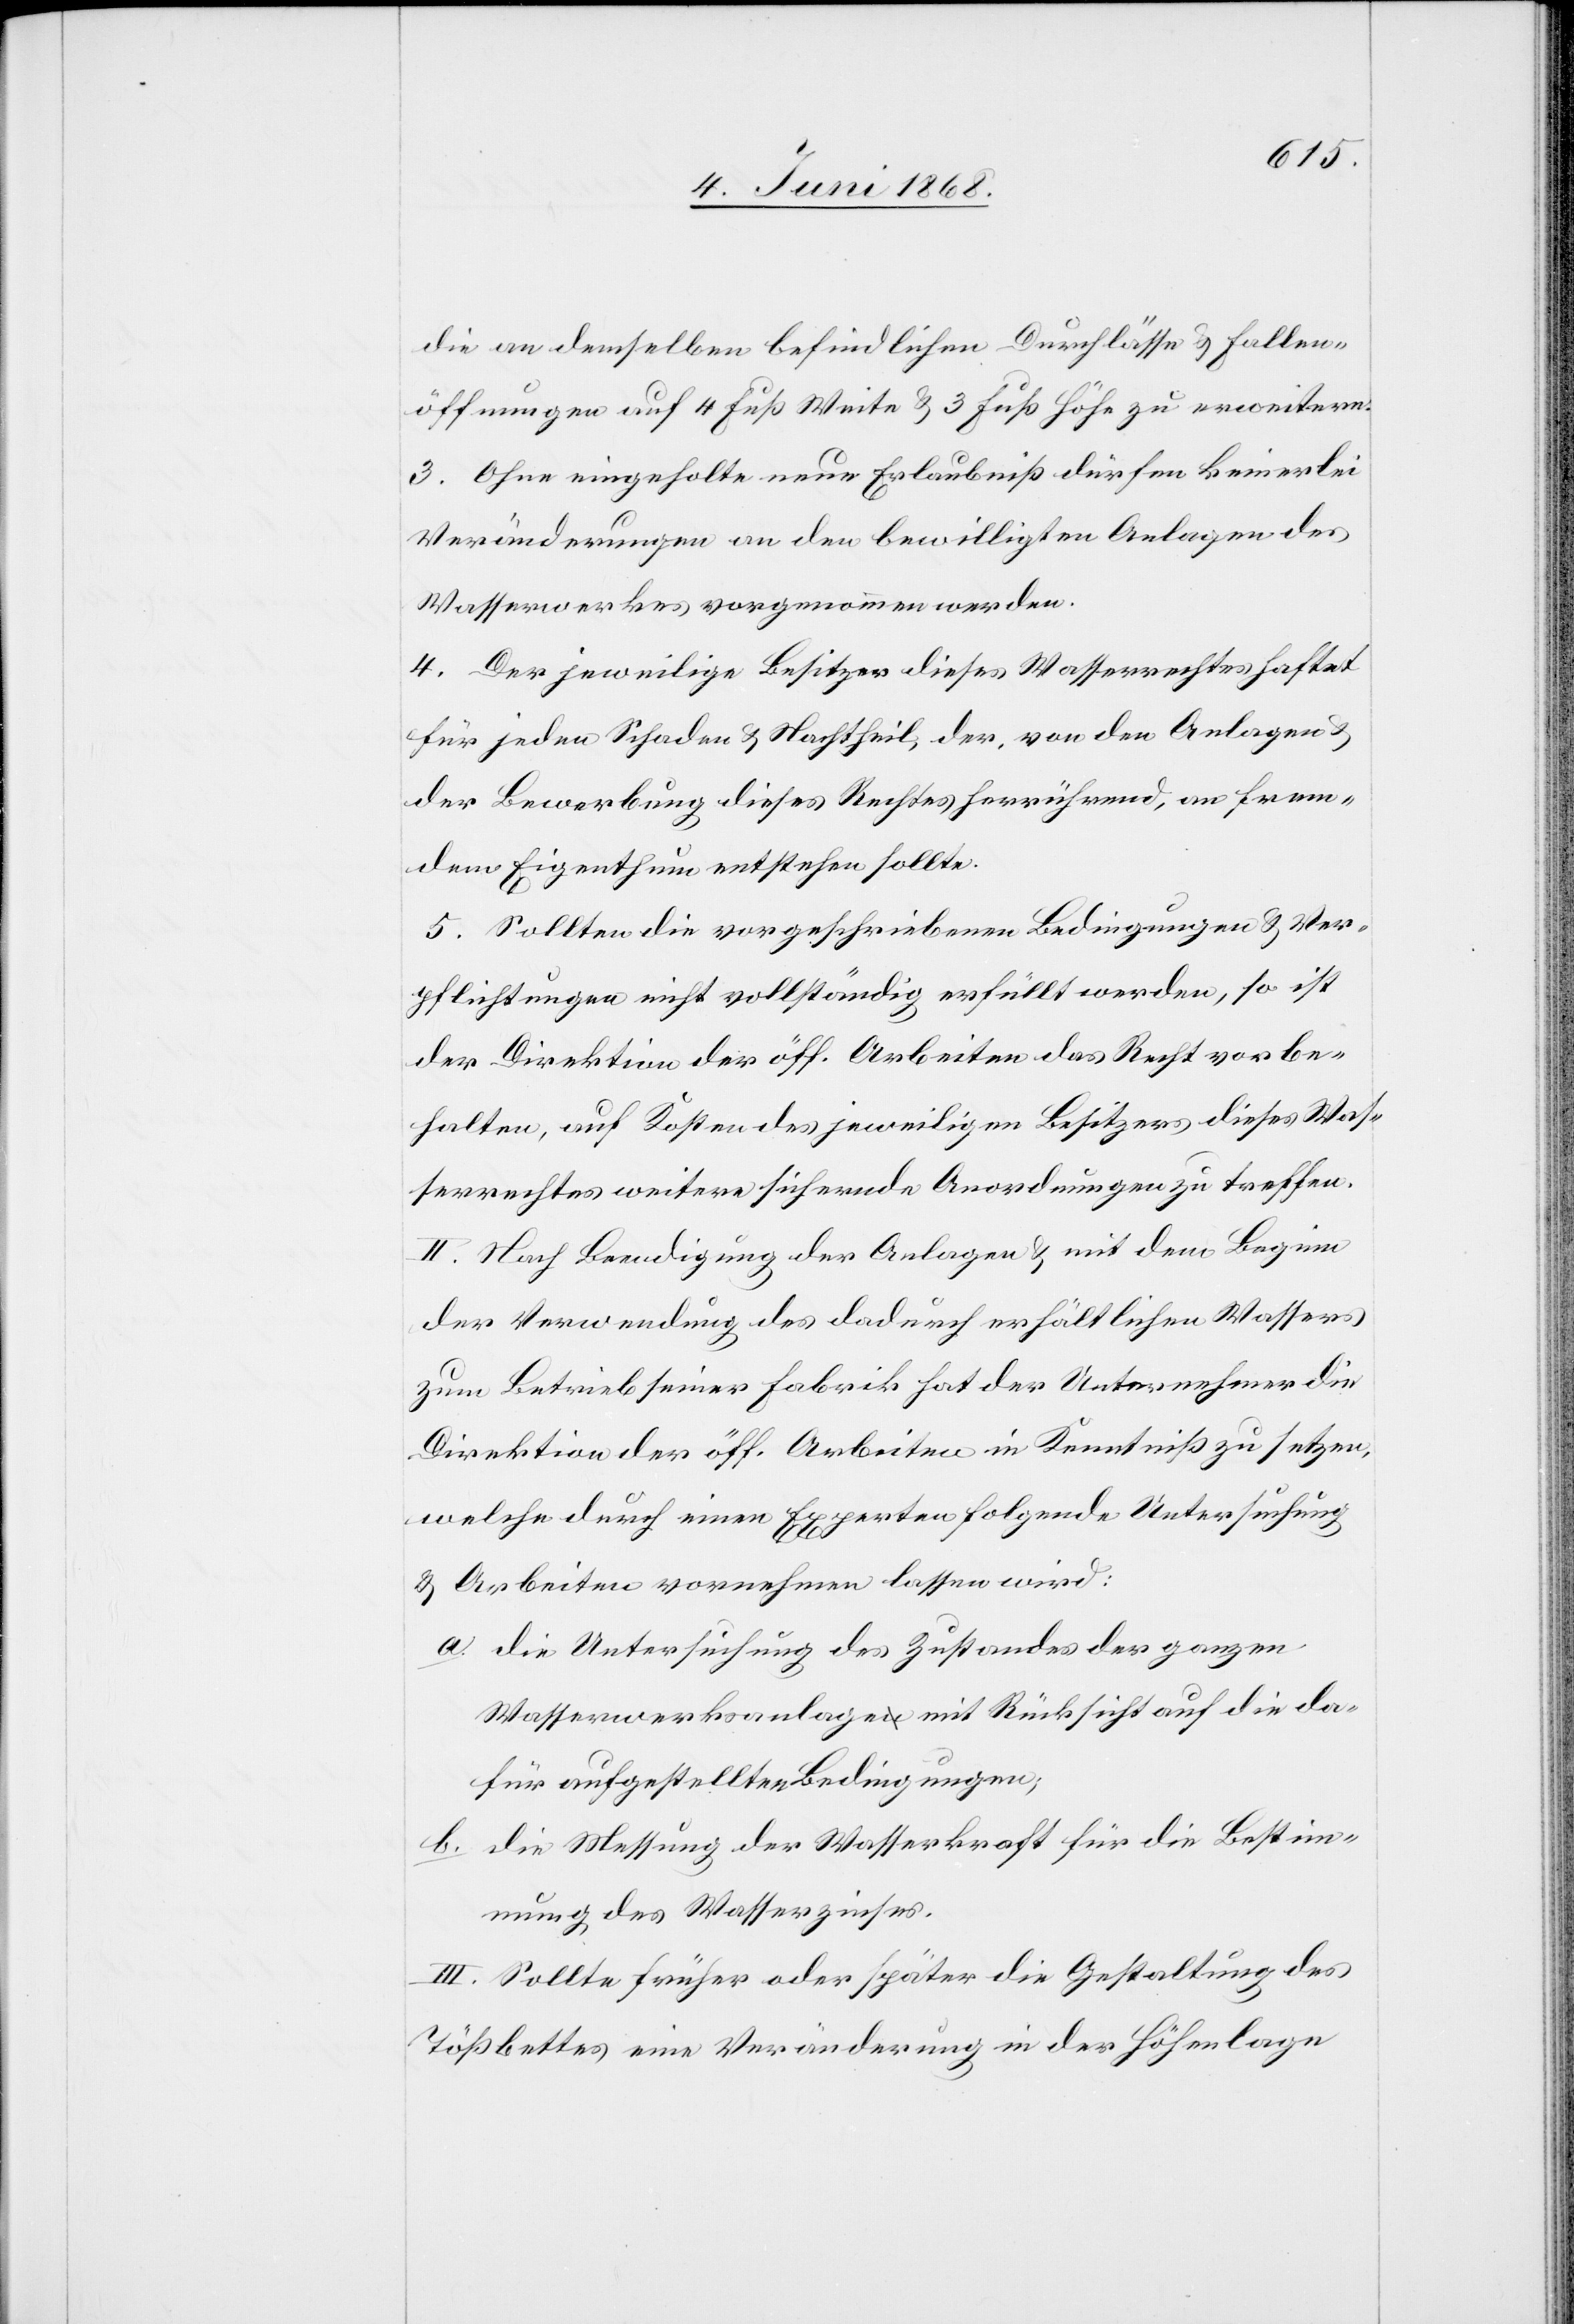
die an demselben befindlichen Durchlässe & Fallen¬
öffnungen auf 4 Fuß Weite & 3 Fuß Höhe zu erweitern.
3. Ohne eingeholte neue Erlaubniß dürfen keinerlei
Veränderungen an den bewilligten Anlagen des
Wasserwerkes vorgenommen werden.
4. Der jeweilige Besitzer dieses Wasserrechtes haftet
für jeden Schaden & Nachtheil, der, von den Anlagen &
der Bewerbung dieses Rechtes herrührend, an frem¬
dem Eigenthum entstehen sollte.
5. Sollten die vorgeschriebenen Bedingungen & Ver¬
pflichtungen nicht vollständig erfüllt werden, so ist
der Direktion der öff. Arbeiten das Recht vorbe¬
halten, auf Kosten des jeweiligen Besitzers dieses Was¬
serrechtes weitere sichernde Anordnungen zu treffen.
II. Nach Beendigung der Anlagen & mit dem Beginn
der Verwendung des dadurch erhältlichen Wassers
zum Betrieb seiner Fabrik hat der Unternehmer die
Direktion der öff. Arbeiten in Kenntniß zu setzen,
welche durch einen Experten folgende Untersuchung
& Arbeiten vornehmen lassen wird:
a. die Untersuchung des Zustandes der ganzen
Wasserwerksanlage mit Rücksicht auf die da¬
für aufgestellten Bedingungen;
b. die Messung der Wasserkraft für die Bestim¬
mung des Wasserzinses.
III. Sollte früher oder später die Gestaltung des
Tößbettes eine Veränderung in der Höhenlage